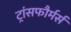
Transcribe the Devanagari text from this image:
ट्रांसफौर्मर्स